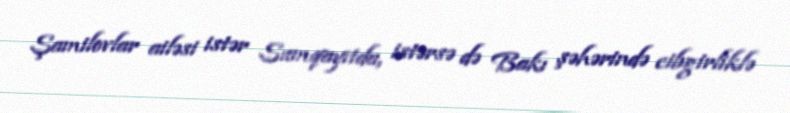
Şamilovlar ailəsi istər Sumqayıtda, istərsə də Bakı şəhərində cibgirliklə